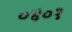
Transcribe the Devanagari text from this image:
०४०१